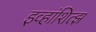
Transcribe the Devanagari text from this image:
इव्हांशित्झ